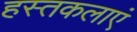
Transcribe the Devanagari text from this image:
हस्तकलाएं